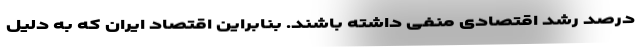
درصد رشد اقتصادی منفی داشته باشند. بنابراین اقتصاد ایران که به دلیل